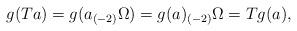
LaTeX: \begin{align*}g(Ta)= g(a_{(-2)}\Omega)= g(a)_{(-2)}\Omega = Tg(a),\end{align*}